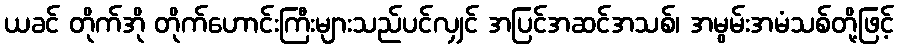
ယခင် တိုက်အို တိုက်ဟောင်းကြီးများသည်ပင်လျှင် အပြင်အဆင်အသစ်၊ အမွမ်းအမံသစ်တို့ဖြင့်